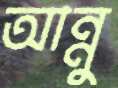
আন্নু